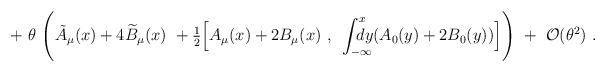
LaTeX: \begin{align*}+~\theta~ \Biggl( \tilde A_\mu(x)+4\widetilde B_\mu(x)~+{\textstyle \frac 12} \Bigl[A_\mu(x)+2B_\mu(x)~,~\int_{-\infty}^x \kern-1.2em dy (A_0(y)+2B_0(y))\Bigr] \Biggr)~+~{\cal O}(\theta^2)~.\end{align*}